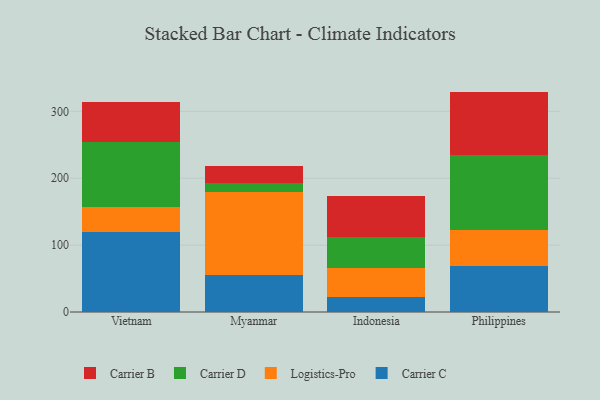
{"axis": {"x": "Country", "y": "Gross Profit (USD K)"}, "legend": ["Carrier B", "Carrier C", "Carrier D", "Logistics-Pro"], "data": [{"x": "Vietnam", "y": 119.7, "type": "Carrier C"}, {"x": "Vietnam", "y": 37.7, "type": "Logistics-Pro"}, {"x": "Vietnam", "y": 96.3, "type": "Carrier D"}, {"x": "Vietnam", "y": 60.0, "type": "Carrier B"}, {"x": "Myanmar", "y": 55.7, "type": "Carrier C"}, {"x": "Myanmar", "y": 124.1, "type": "Logistics-Pro"}, {"x": "Myanmar", "y": 13.2, "type": "Carrier D"}, {"x": "Myanmar", "y": 25.3, "type": "Carrier B"}, {"x": "Indonesia", "y": 22.5, "type": "Carrier C"}, {"x": "Indonesia", "y": 43.4, "type": "Logistics-Pro"}, {"x": "Indonesia", "y": 45.8, "type": "Carrier D"}, {"x": "Indonesia", "y": 62.4, "type": "Carrier B"}, {"x": "Philippines", "y": 69.3, "type": "Carrier C"}, {"x": "Philippines", "y": 53.8, "type": "Logistics-Pro"}, {"x": "Philippines", "y": 111.3, "type": "Carrier D"}, {"x": "Philippines", "y": 95.1, "type": "Carrier B"}]}